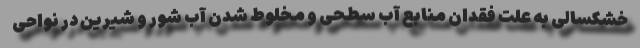
خشکسالی به علت فقدان منابع آب سطحی و مخلوط شدن آب شور و شیرین در نواحی